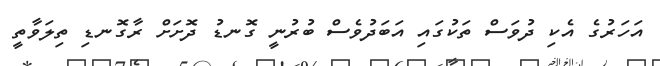
އަހަރުގެ އެކި ދުވަސް ތަކުގައި އަބަދުވެސް ބުރުނީ ގޮނޑު ދޮށަށް ރާގޮނޑި ތިލަވާތީ